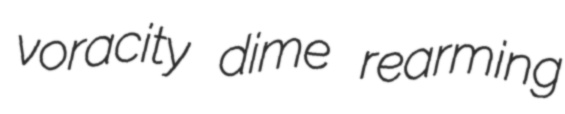
voracity dime rearming